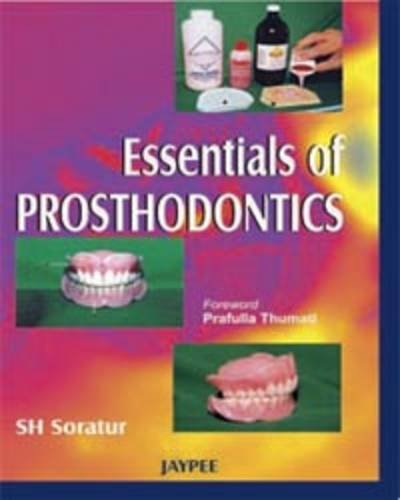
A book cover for Essentials of Prosthodontics; S. H. Soratur; Medical Books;